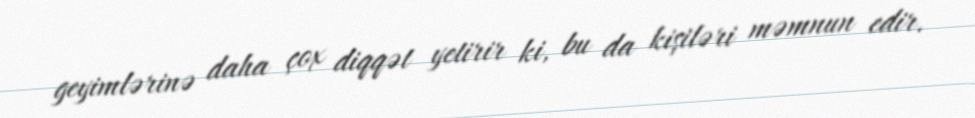
geyimlərinə daha çox diqqət yetirir ki, bu da kişiləri məmnun edir.